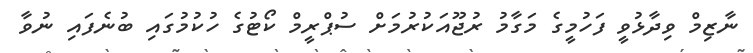
ނާޒިމް ވިދާޅުވީ ފަހުމީގެ މަގާމު ރުޖޫއަކުރުމަށް ސުޕްރީމް ކޯޓުގެ ހުކުމުގައި ބުނެފައި ނުވާ